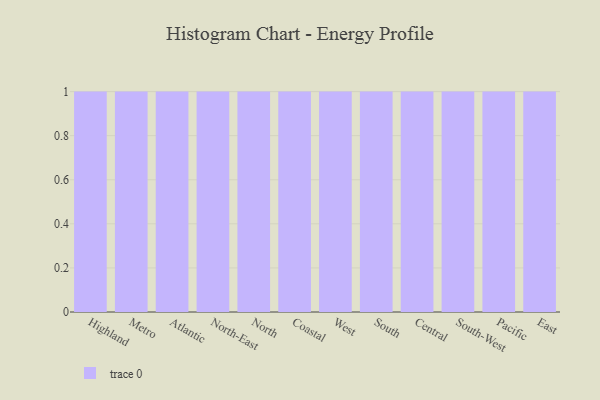
{"axis": {"x": "Region", "y": "Conversion Rate (%)"}, "legend": [""], "data": [{"x": "Highland", "y": 45, "type": ""}, {"x": "Metro", "y": 5, "type": ""}, {"x": "Atlantic", "y": 2, "type": ""}, {"x": "North-East", "y": 45, "type": ""}, {"x": "North", "y": 61, "type": ""}, {"x": "Coastal", "y": 87, "type": ""}, {"x": "West", "y": 96, "type": ""}, {"x": "South", "y": 70, "type": ""}, {"x": "Central", "y": 93, "type": ""}, {"x": "South-West", "y": 19, "type": ""}, {"x": "Pacific", "y": 1, "type": ""}, {"x": "East", "y": 92, "type": ""}]}